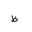
Letter: _za